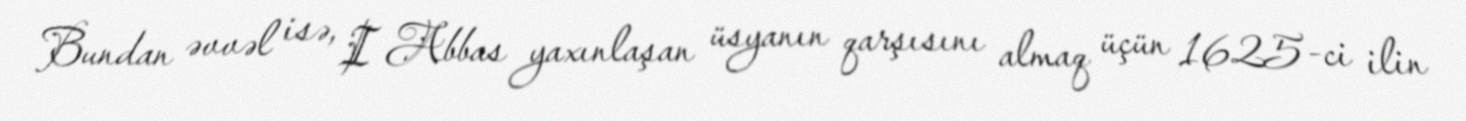
Bundan əvvəl isə, I Abbas yaxınlaşan üsyanın qarşısını almaq üçün 1625-ci ilin